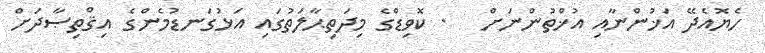
ހެެޔޮއެދޭ އަޚުންނާއި އުޚްތުންނަށް   . ކޮވިޑްގެ މިދަތިޙާލަތުގައި އަޅުގަނޑުމެންގެ އިޤްތިޞާދަށް